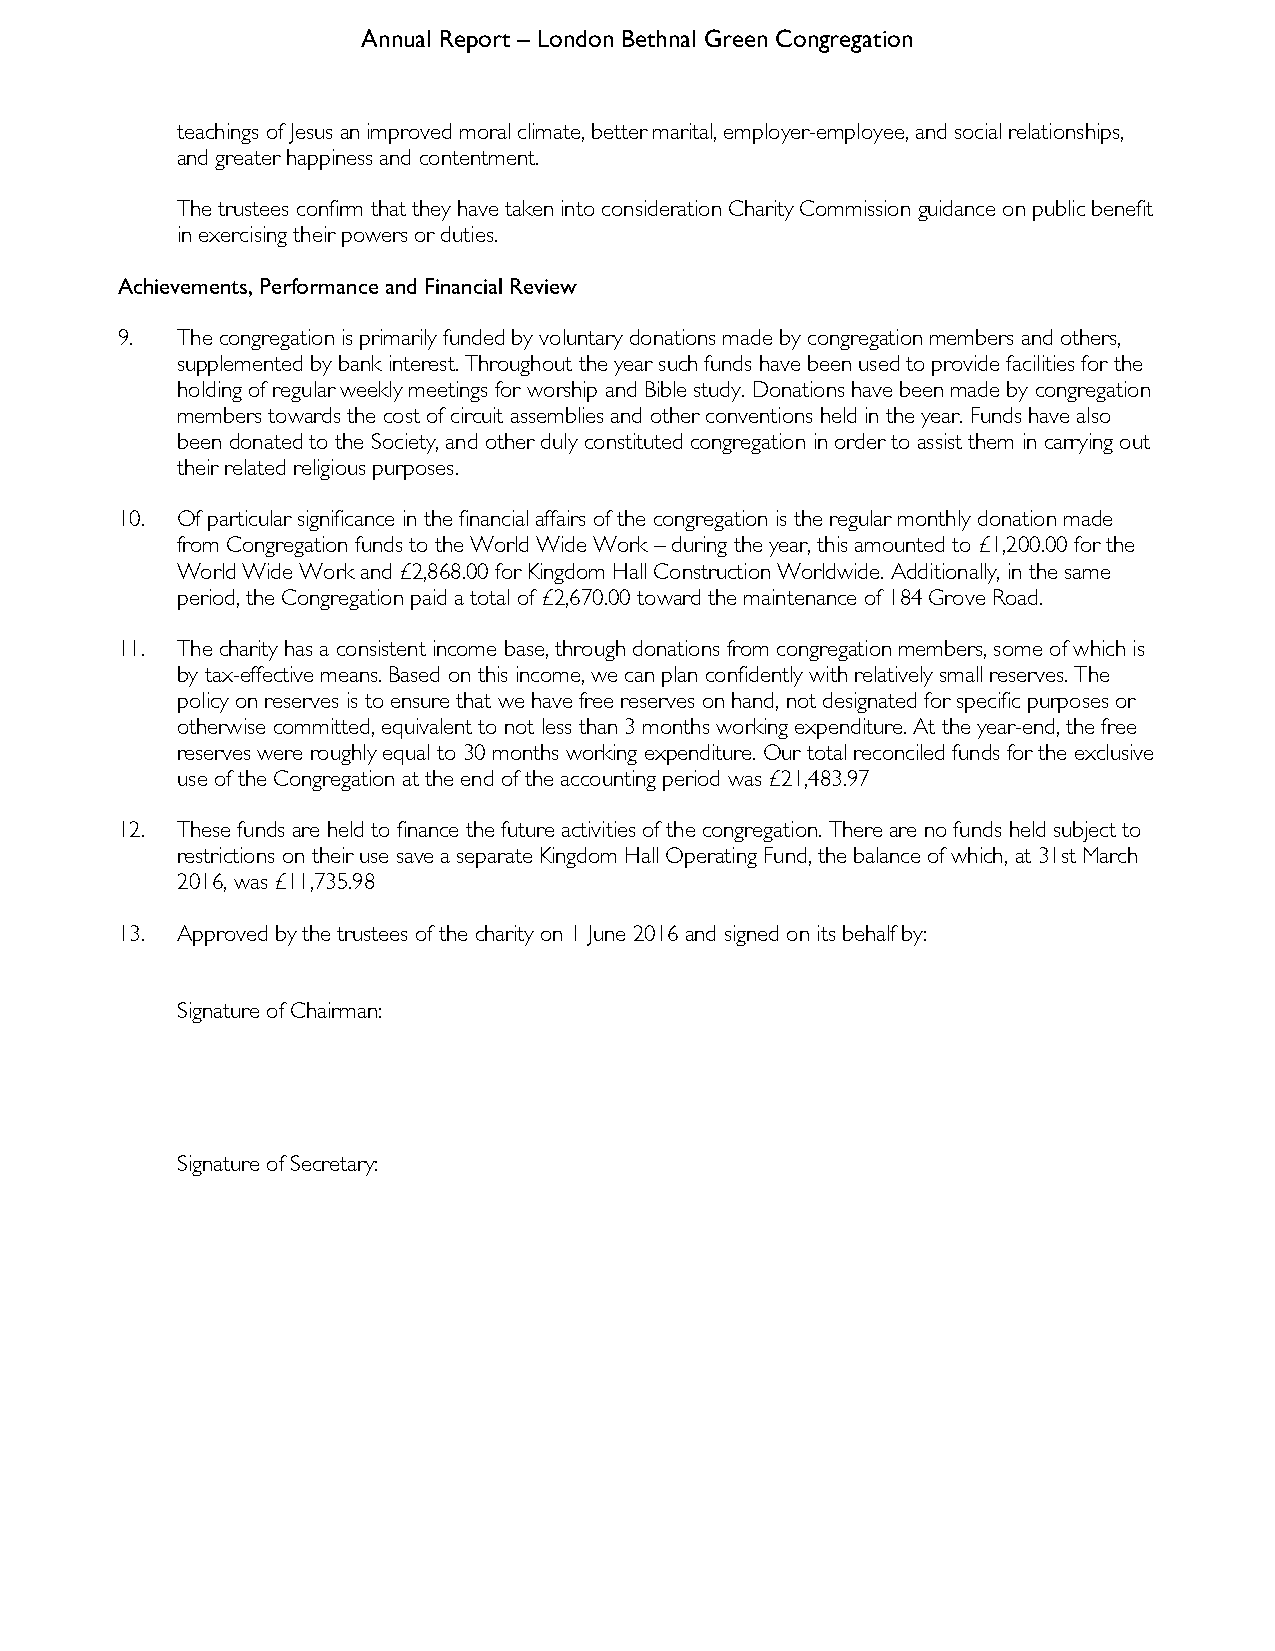
Annual Report – London Bethnal Green Congregation
 teachings of Jesus an improved moral climate, better marital, employer-employee, and social relationships,
 and greater happiness and contentment.
 The trustees confirm that they have taken into consideration Charity Commission guidance on public benefit
 in exercising their powers or duties.
 Achievements, Performance and Financial Review
 9.  The congregation is primarily funded by voluntary donations made by congregation members and others,
 supplemented by bank interest. Throughout the year such funds have been used to provide facilities for the
 holding of regular weekly meetings for worship and Bible study. Donations have been made by congregation
 members towards the cost of circuit assemblies and other conventions held in the year. Funds have also
 been donated to the Society, and other duly constituted congregation in order to assist them in carrying out
 their related religious purposes.
 10. Of particular significance in the financial affairs of the congregation is the regular monthly donation made
 from Congregation funds to the World Wide Work – during the year, this amounted to £1,200.00 for the
 World Wide Work and £2,868.00 for Kingdom Hall Construction Worldwide. Additionally, in the same
 period, the Congregation paid a total of £2,670.00 toward the maintenance of 184 Grove Road.
 11. The charity has a consistent income base, through donations from congregation members, some of which is
 by tax-effective means. Based on this income, we can plan confidently with relatively small reserves. The
 policy on reserves is to ensure that we have free reserves on hand, not designated for specific purposes or
 otherwise committed, equivalent to not less than 3 months working expenditure. At the year-end, the free
 reserves were roughly equal to 30 months working expenditure. Our total reconciled funds for the exclusive
 use of the Congregation at the end of the accounting period was £21,483.97
 12. These funds are held to finance the future activities of the congregation. There are no funds held subject to
 restrictions on their use save a separate Kingdom Hall Operating Fund, the balance of which, at 31st March
 2016, was £11,735.98
 13. Approved by the trustees of the charity on 1 June 2016 and signed on its behalf by:
 Signature of Chairman:
 Signature of Secretary: